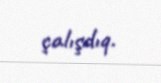
çalışdıq.